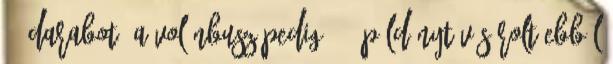
30 darabot, a Volánbusz pedig 150 példányt vásárolt ebből